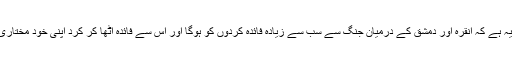
اس سے دوسبب ہیں : پہلا تو یہ ہے کہ انقرہ اور دمشق کے درمیان جنگ سے سب سے زیادہ فائدہ کردوں کو ہوگا اور اس سے فائدہ اٹھا کر کرد اپنی خود مختاری کا اعلان بھی کر سکتے ہیں۔